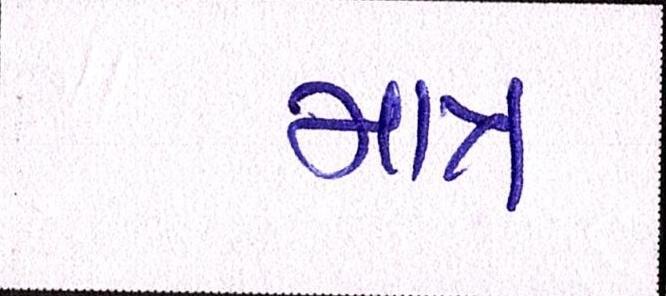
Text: માત્ર